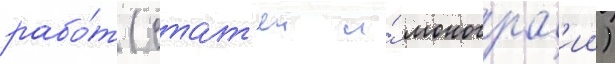
рабо́т (стат'еи и́ монограф'ии)